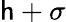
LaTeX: \mathsf{h}+\sigma